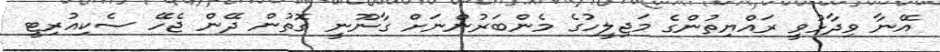
އޭނާ ވިދާޅުވީ ރައްޔިތުންގެ މަޖިލީހުގެ މެންބަރުންނަށް ގާނޫނީ ގޮތުން ދޭން ޖެހޭ ސެކިއުރިޓީ